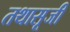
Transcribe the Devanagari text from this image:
तथासूजी